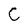
Character: C